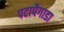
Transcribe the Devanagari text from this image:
पटापैगाडा